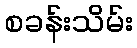
စခန်းသိမ်း